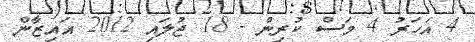
4 އަހަރު 4 މަސް ކުރިން - 18 ޖުލައި 2012 އައިޒާން